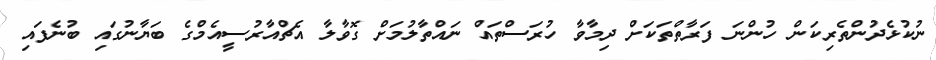
ނުކުޅެދުންތެރިކަން ހުންނަ ފަރާތްތަކަށް ދިމާވާ ހުރަސްތައް ނައްތާލުމަށް ގޮވާލާ އެޗްއާރުސީއެމްގެ ބަޔާނުގައި ބުނެފައި